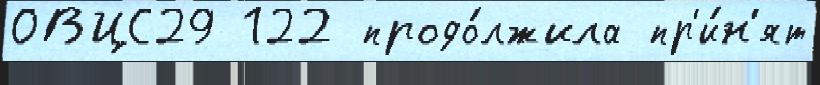
ОВЦС29 122 продо́лжила пр'и́н'ят